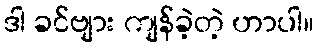
ဒါ ခင်ဗျား ကျန်ခဲ့တဲ့ ဟာပါ။